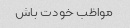
مواظب خودت باش